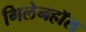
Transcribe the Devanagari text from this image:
गिलेनहाॅल